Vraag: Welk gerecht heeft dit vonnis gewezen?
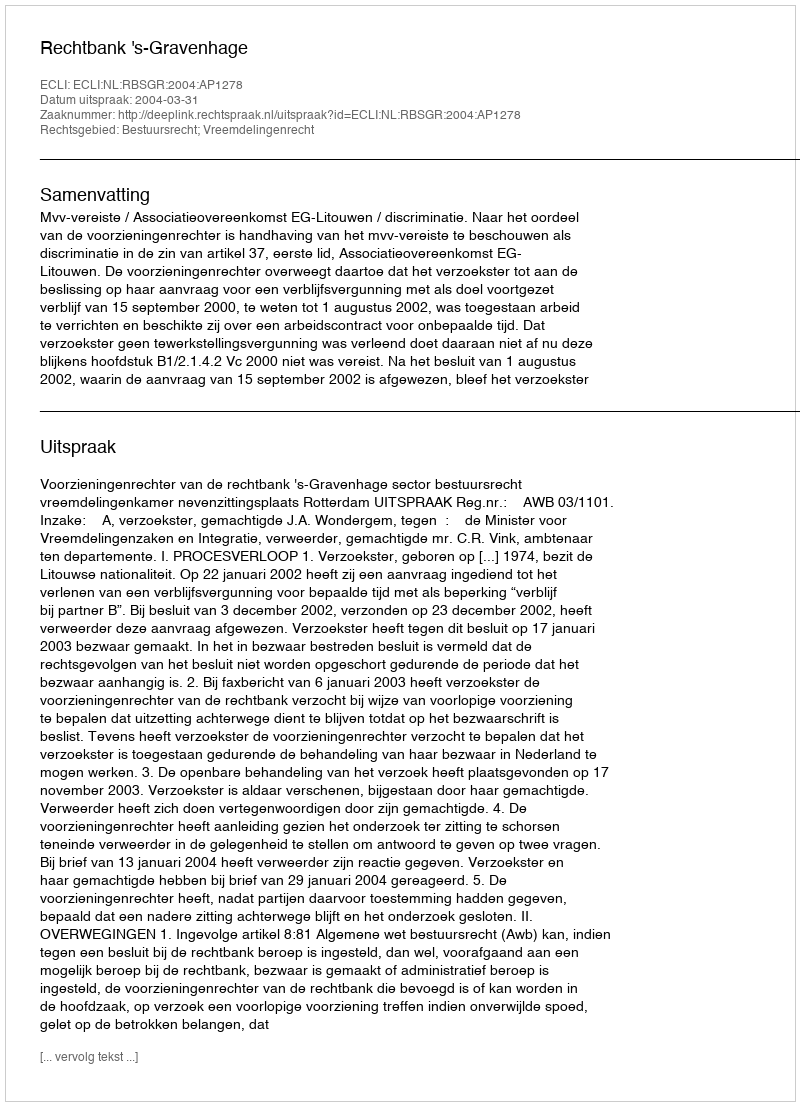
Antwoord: Rechtbank 's-Gravenhage